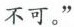
不可。”